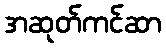
အဆုတ်ကင်ဆာ